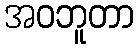
အဝဘူတာ